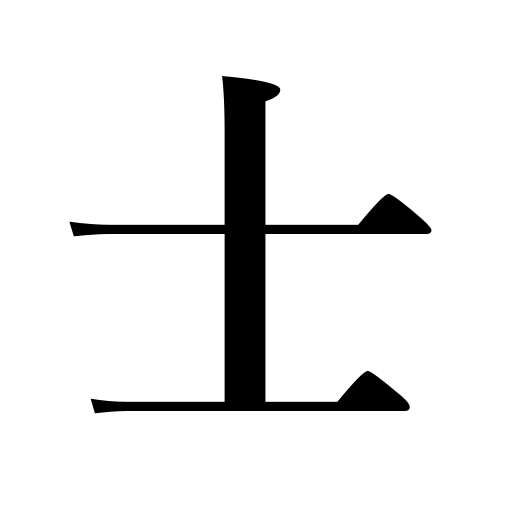
Meanings: scholar,gentleman,samurai,man